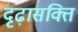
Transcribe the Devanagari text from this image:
दृढ़ासक्ति